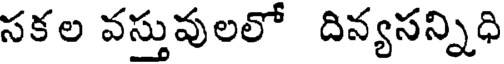
సకల వస్తువులలో దిన్యసన్నిధి